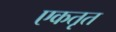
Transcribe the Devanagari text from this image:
एकतृत